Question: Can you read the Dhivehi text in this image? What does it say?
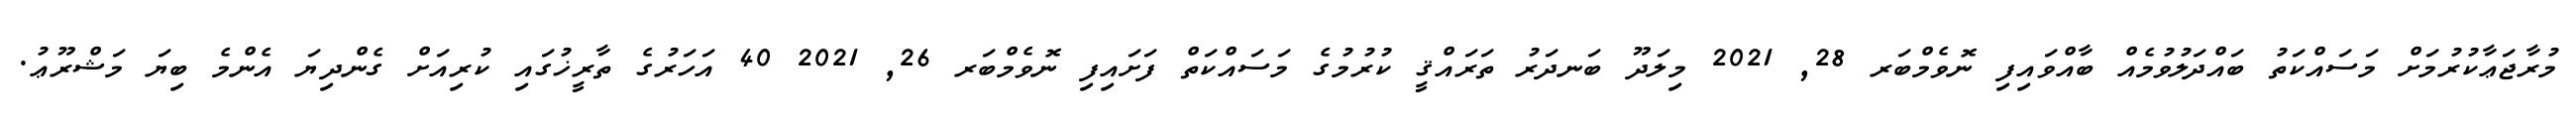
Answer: މުރާޖަޢާކުރުމަށް މަސައްކަތު ބައްދަލުވުމެއް ބާއްވައިފި ނޮވެމްބަރ 28, 2021 މިލަދޫ ބަނދަރު ތަރައްޤީ ކުރުމުގެ މަސައްކަތް ފަށައިފި ނޮވެމްބަރ 26, 2021 40 އަހަރުގެ ތާރީޚުގައި ކުރިއަށް ގެންދިޔަ އެންމެ ބިޔަ މަޝްރޫޢު.